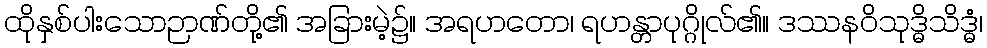
ထိုနှစ်ပါးသောဉာဏ်တို့၏ အခြားမဲ့၌။ အရဟတော၊ ရဟန္တာပုဂ္ဂိုလ်၏။ ဒဿနဝိသုဒ္ဓိသိဒ္ဓံ၊